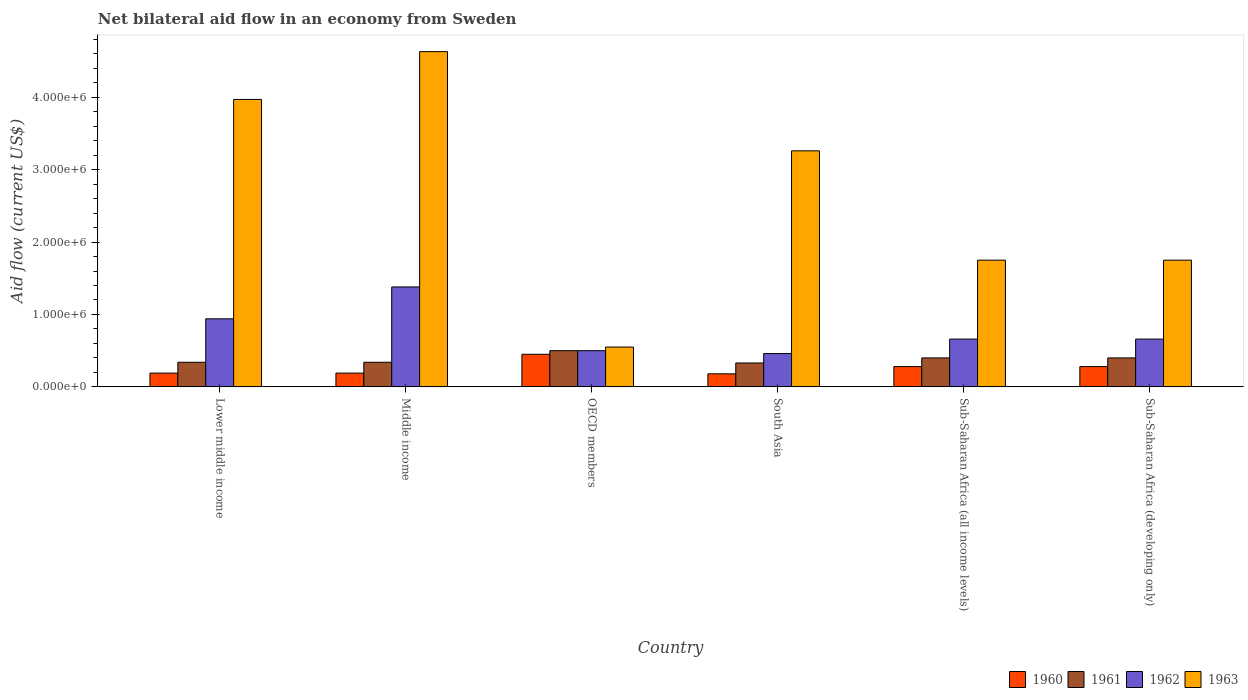
| Country | 1960 | 1961 | 1962 | 1963 |
 | --- | --- | --- | --- | --- |
 | Lower middle income | 1.9e+05 | 3.4e+05 | 9.4e+05 | 3.97e+06 |
 | Middle income | 1.9e+05 | 3.4e+05 | 1.38e+06 | 4.63e+06 |
 | OECD members | 4.5e+05 | 5e+05 | 5e+05 | 5.5e+05 |
 | South Asia | 1.8e+05 | 3.3e+05 | 4.6e+05 | 3.26e+06 |
 | Sub-Saharan Africa (all income levels) | 2.8e+05 | 4e+05 | 6.6e+05 | 1.75e+06 |
 | Sub-Saharan Africa (developing only) | 2.8e+05 | 4e+05 | 6.6e+05 | 1.75e+06 |